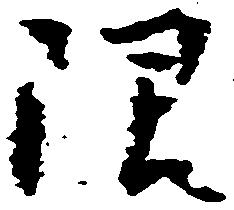
限